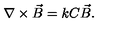
\nabla \times \vec { B } = k C \vec { B } .